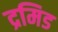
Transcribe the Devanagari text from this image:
द्रमिड